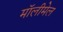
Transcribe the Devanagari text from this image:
मॉलीमेल